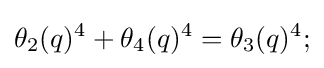
\theta _{2}(q)^{4}+\theta _{4}(q)^{4}=\theta _{3}(q)^{4};